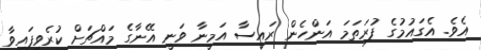
އެވެ. އެގައުމުގެ ފުރަތަމަ އަންހެން ރައީސާ އަމީނާ ވަނީ އޭނާގެ މައްޗަށް ކުރެވިފައިވާ